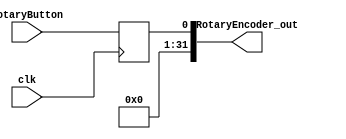
module RotaryEncoder(
	input clk,
	input RotaryButton,
	output [31:0]RotaryEncoder_out
);
	reg [31:0]RE = 32'b0;
	always @(posedge clk) begin
		RE <= {31'b0, RotaryButton};
	end
	assign RotaryEncoder_out = RE;
endmodule